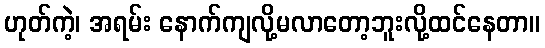
ဟုတ်ကဲ့၊ အရမ်း နောက်ကျလို့မလာတော့ဘူးလို့ထင်နေတာ။